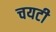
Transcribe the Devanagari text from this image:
चयटी